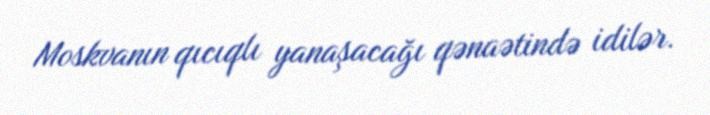
Moskvanın qıcıqlı yanaşacağı qənaətində idilər.